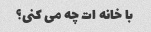
با خانه ات چه می کنی؟